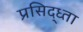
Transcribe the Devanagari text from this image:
प्रसिद्ध्ता